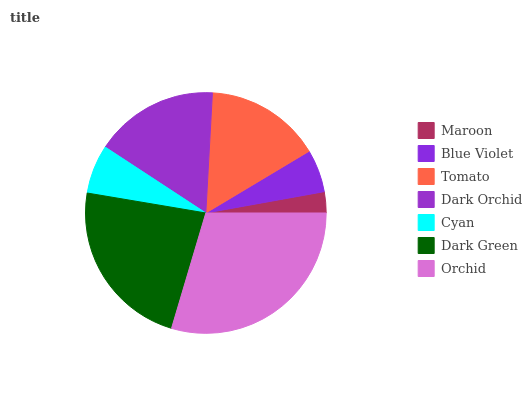
| Maroon | Blue Violet | Tomato | Dark Orchid | Cyan | Dark Green | Orchid |
 | --- | --- | --- | --- | --- | --- | --- |
 | 2.83% | 5.74% | 15.5% | 16.7% | 6.57% | 23.1% | 29.6% |